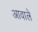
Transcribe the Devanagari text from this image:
आवाले